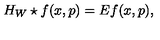
H _ { W } \star f ( x , p ) = E f ( x , p ) ,